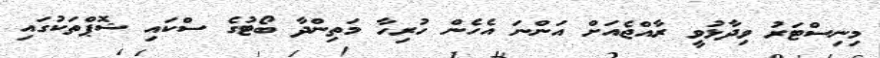
މިނިސްޓަރު ވިދާޅުވީ ރާއްޖެއަށް އަންނަ އެހެން ހުރިހާ މަތިންދާ ބޯޓުގެ ސްކައި ޝޮޕްތަކުގައި